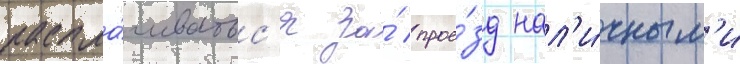
распла́чиватьс'я за́ прое́зд нал'и́чным'и